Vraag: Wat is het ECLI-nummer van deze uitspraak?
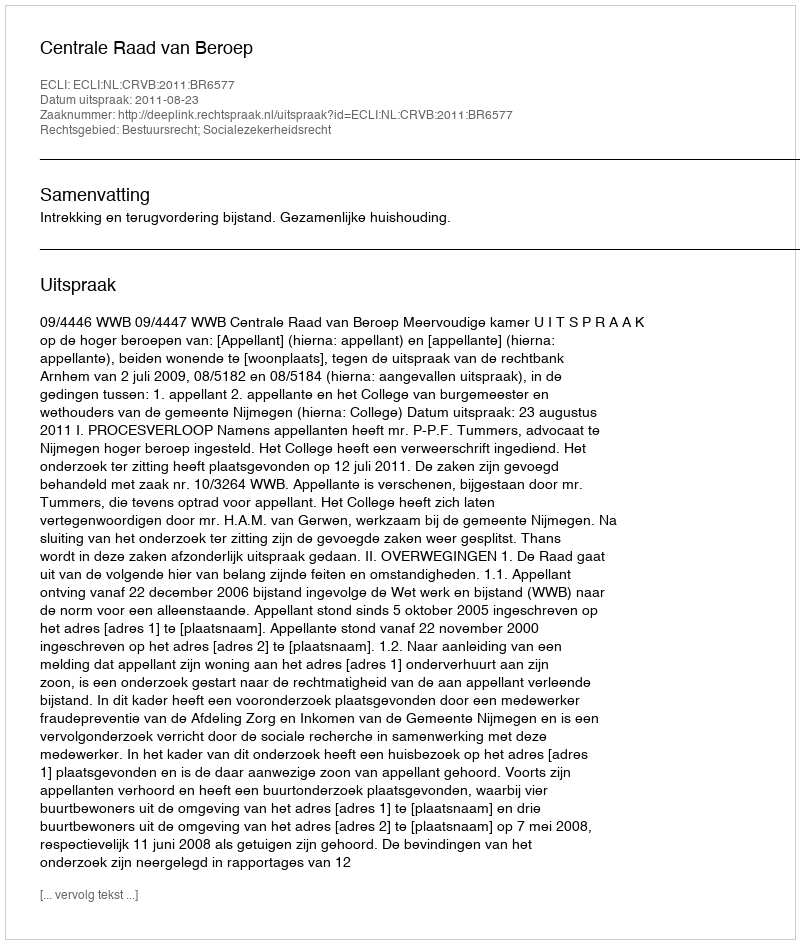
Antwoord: ECLI:NL:CRVB:2011:BR6577